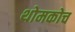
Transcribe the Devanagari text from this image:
थोमकोच